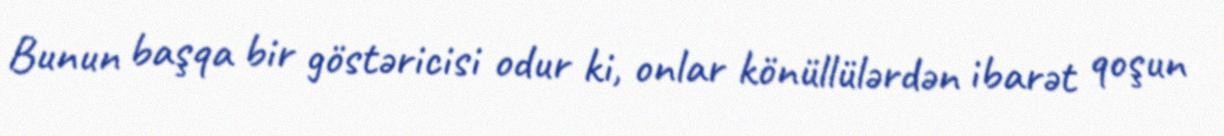
Bunun başqa bir göstəricisi odur ki, onlar könüllülərdən ibarət qoşun